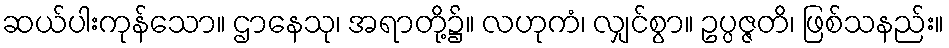
ဆယ်ပါးကုန်သော။ ဌာနေသု၊ အရာတို့၌။ လဟုကံ၊ လျှင်စွာ။ ဥပ္ပဇ္ဇတိ၊ ဖြစ်သနည်း။